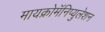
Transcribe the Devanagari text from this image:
मायक्रोमॅनिप्युलेशन